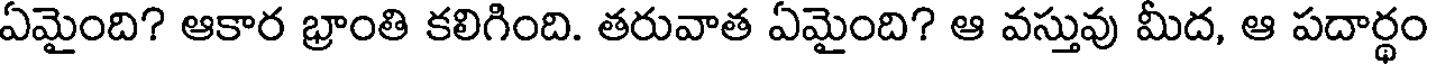
ఏమైంది? ఆకార భ్రాంతి కలిగింది. తరువాత ఏమైంది? ఆ వస్తువు మీద, ఆ పదార్థం